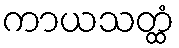
ကာယသတ္ထံ